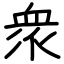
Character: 衆